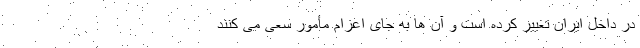
در داخل ایران تغییر کرده است و آن ها به جای اعزام مأمور سعی می کنند